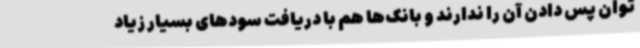
توان پس دادن آن را ندارند و بانک‌ها هم با دریافت سودهای بسیار زیاد